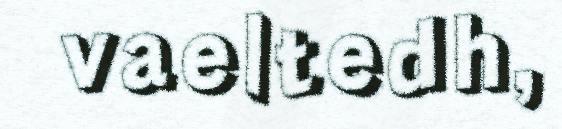
vaeltedh,